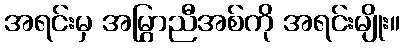
အရင်းမှ အမြွှာညီအစ်ကို အရင်းမျိုး။